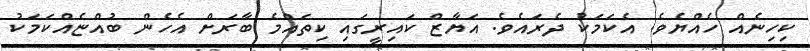
ކިހިނެއް ހެއްޔެވެ. އެކަމަކު ދެރައެވެ. އަޔާޒް ކައިރީގައި ކިތައްމެ ބާރަށް އެހެން ބުއްޏެއްކަމަކު